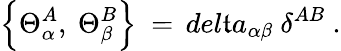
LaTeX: \left\{ \Theta_{\alpha}^{A},\ \Theta_{\beta}^{B}\right\} \ =\, del\mathfrak{t}a_{\alpha\beta}\ \delta^{AB}\ .